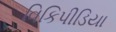
વિકિપીડિયા